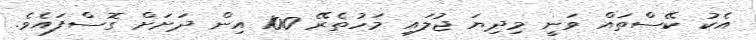
އެކު ކޭސްތައް ވަނީ މިދިޔަ ޖުލައި މަހުތެރޭ 100 އިން ދަށަށް ގޮސްފައެވެ.